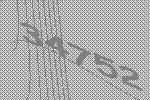
34752